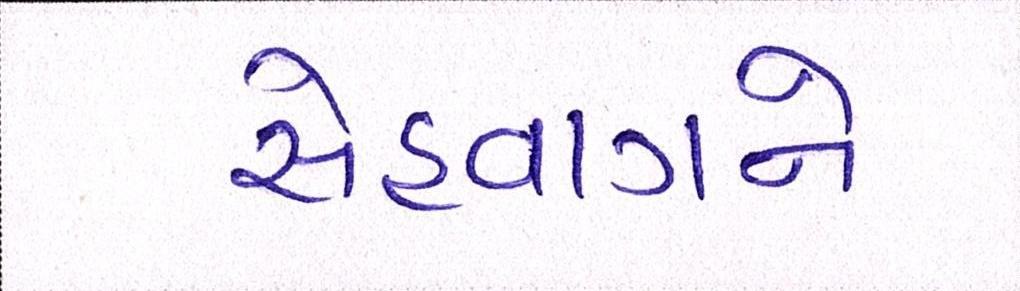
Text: સેહવાગને